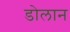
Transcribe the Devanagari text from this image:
डोलान